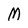
Character: M